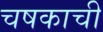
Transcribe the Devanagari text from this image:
चषकाची